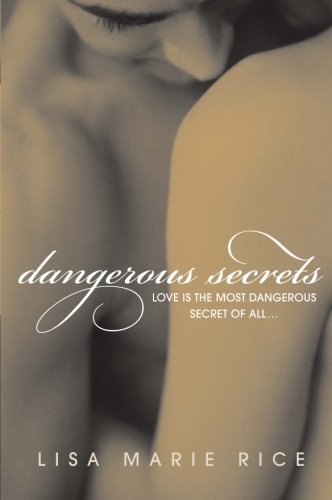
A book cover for Dangerous Secrets (The Dangerous Trilogy); Lisa Marie Rice; Romance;